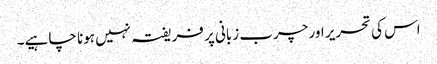
اس کی تحریر اور چرب زبانی پر فریفتہ نہیں ہونا چا ہیے۔